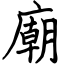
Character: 廟